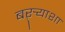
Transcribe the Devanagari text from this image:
बऱ्र्‍याशा